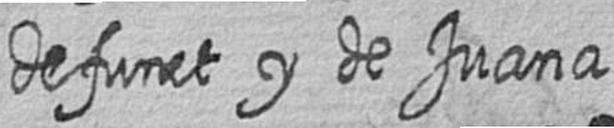
defunct y de Juana